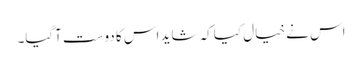
اس نے خیال کیا کہ شاید اس کا دوست آگیا۔